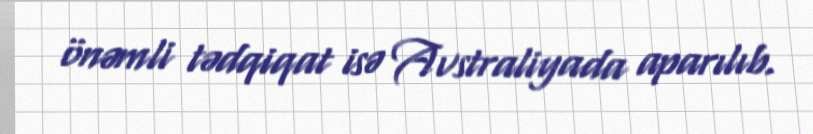
önəmli tədqiqat isə Avstraliyada aparılıb.